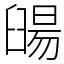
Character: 䑗